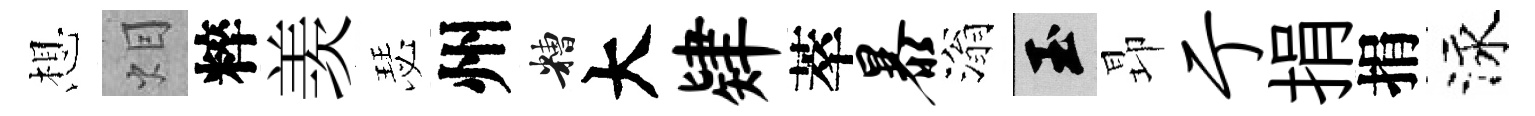
想𤇆粹羡瑟州糟大肄萃暴滃玉昻亍捐捐泳